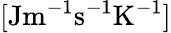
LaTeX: [\mathrm{J}\mathrm{m}^{-1}\mathrm{s}^{-1}\mathrm{K}^{-1}]